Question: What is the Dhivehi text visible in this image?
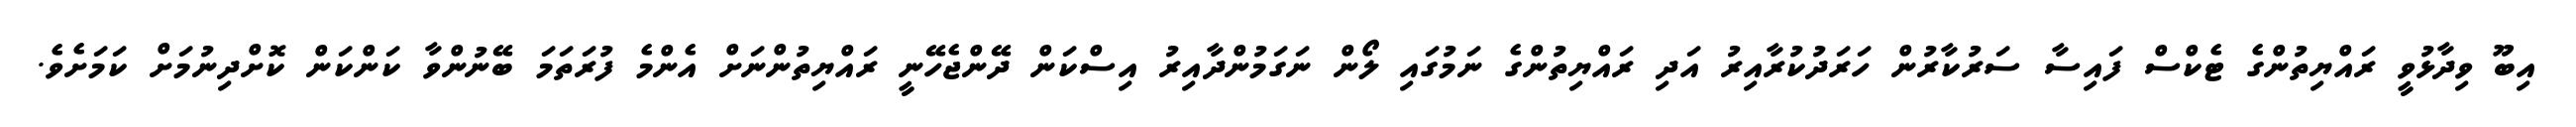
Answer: އިބޫ ވިދާޅުވީ ރައްޔިތުންގެ ޓެކްސް ފައިސާ ސަރުކާރުން ހަރަދުކުރާއިރު އަދި ރައްޔިތުންގެ ނަމުގައި ލޯން ނަގަމުންދާއިރު އިސްކަން ދޭންޖެހޭނީ ރައްޔިތުންނަށް އެންމެ ފުރަތަމަ ބޭނުންވާ ކަންކަން ކޮށްދިނުމަށް ކަމަށެވެ.